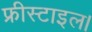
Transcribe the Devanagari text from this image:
फ्रीस्टाइल।